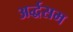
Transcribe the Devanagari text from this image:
अर्द्धसम